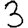
Digit: 3